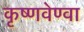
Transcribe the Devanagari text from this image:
कृष्णवेण्वा